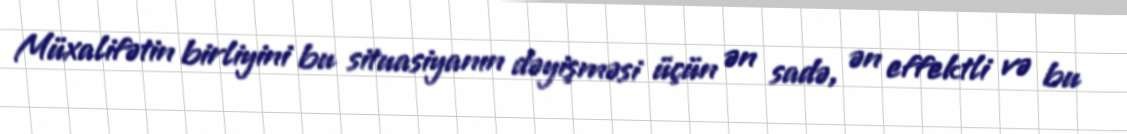
Müxalifətin birliyini bu situasiyanın dəyişməsi üçün ən sadə, ən effektli və bu